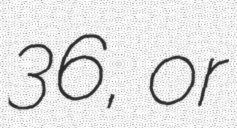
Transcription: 36, or